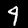
Label: 4